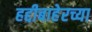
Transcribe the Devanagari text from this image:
हद्दीबाहेरच्या